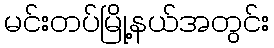
မင်းတပ်မြို့နယ်အတွင်း